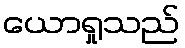
ယောရှုသည်